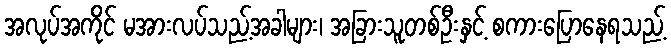
အလုပ်အကိုင် မအားလပ်သည့်အခါများ၊ အခြားသူတစ်ဦးနှင့် စကားပြောနေရသည့်